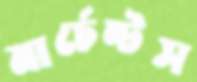
মার্চেন্টস